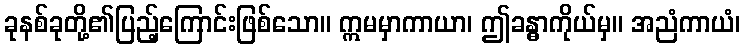
ခုနစ်ခုတို့၏ပြည့်ကြောင်းဖြစ်သော။ ဣမမှာကာယာ၊ ဤခန္ဓာကိုယ်မှ။ အညံကာယံ၊